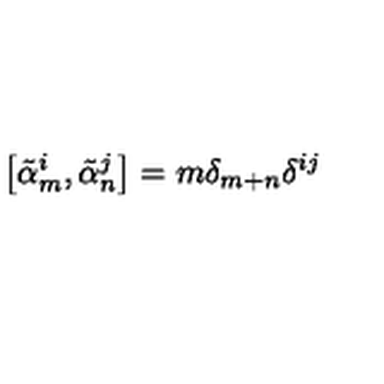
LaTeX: \left[ { \tilde { \alpha } } _ { m } ^ { i } , { \tilde { \alpha } } _ { n } ^ { j } \right] = m \delta _ { m + n } \delta ^ { i j }